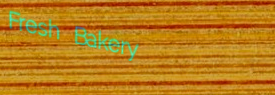
Fresh Bakery